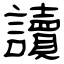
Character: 讀